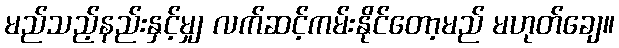
မည်သည့်နည်းနှင့်မျှ လက်ဆင့်ကမ်းနိုင်တော့မည် မဟုတ်ချေ။